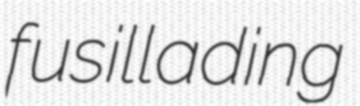
fusillading